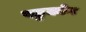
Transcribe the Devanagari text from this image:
पडुकोन